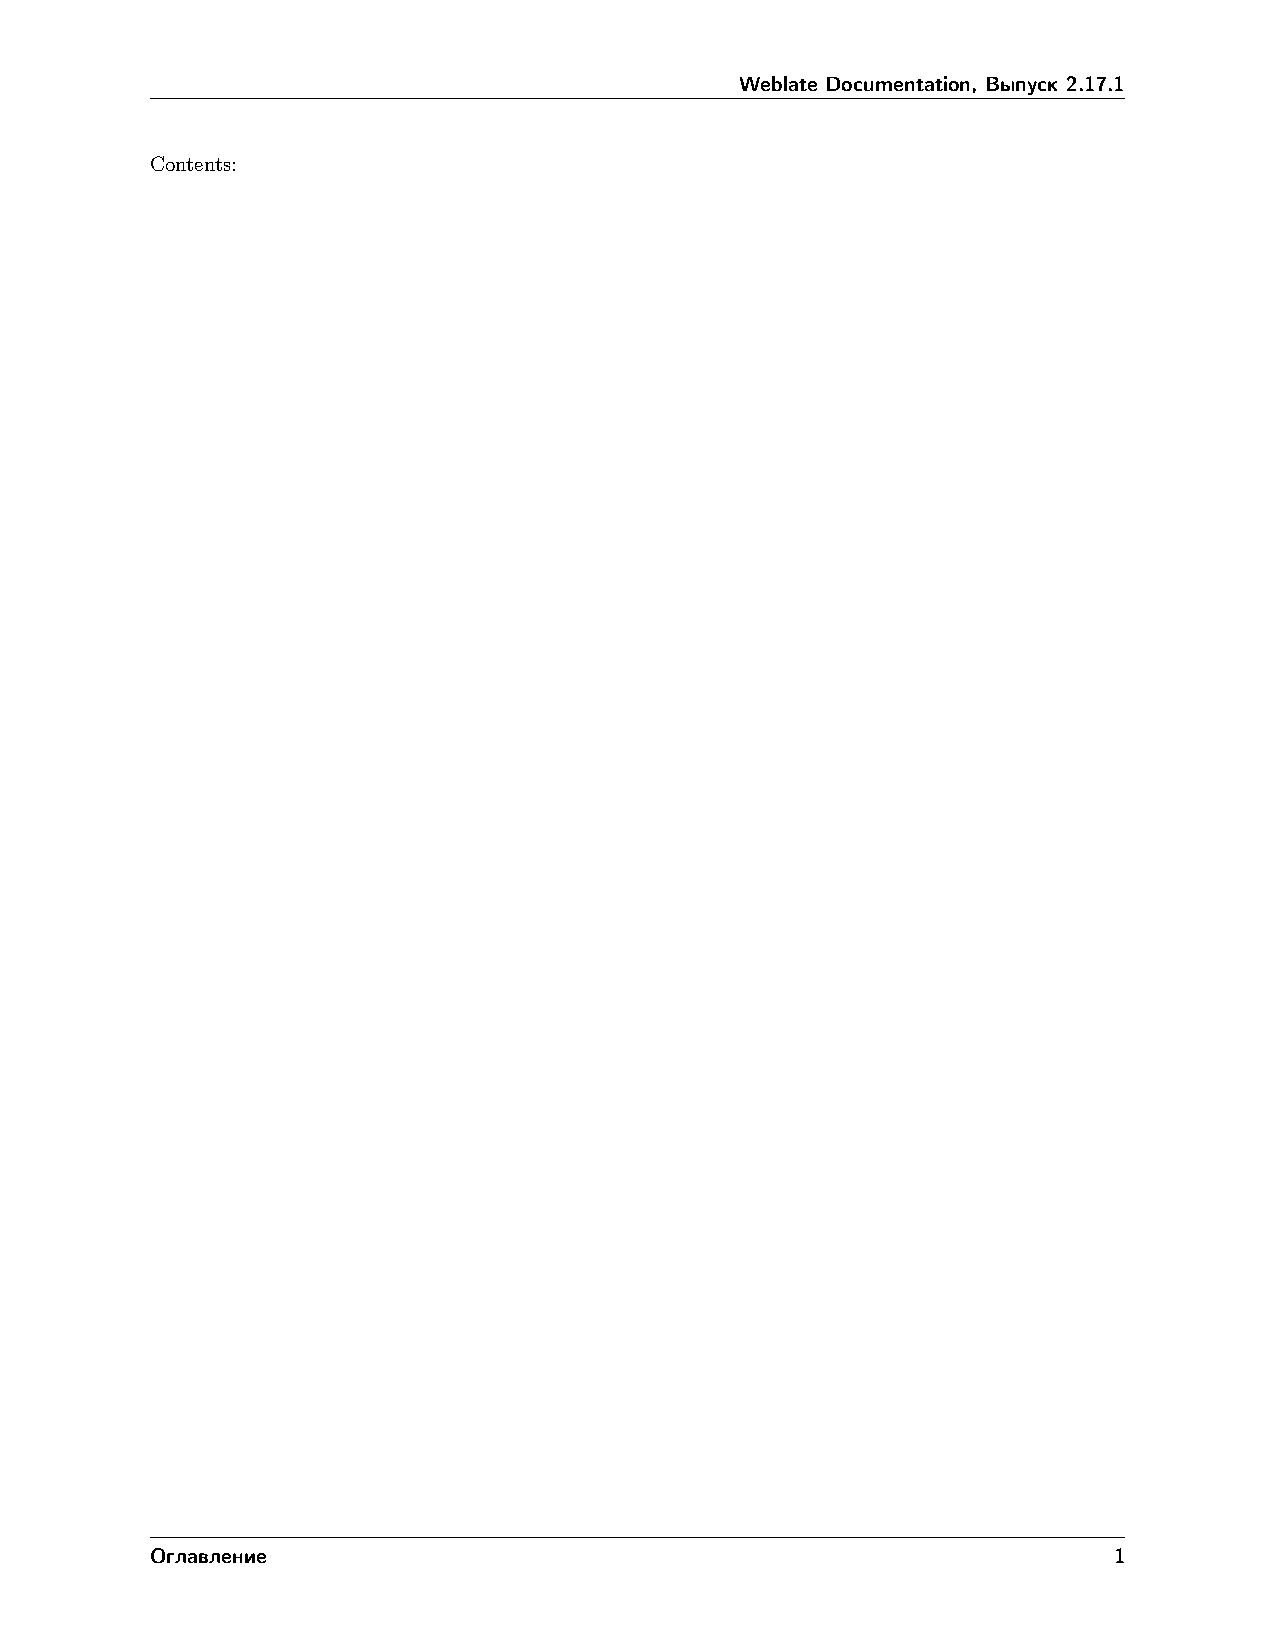
Weblate Documentation, Выпуск 2.17.1
 Contents:
 Оглавление                                                      1